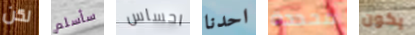
لكن سأسلم احساس احدنا محددة يكون